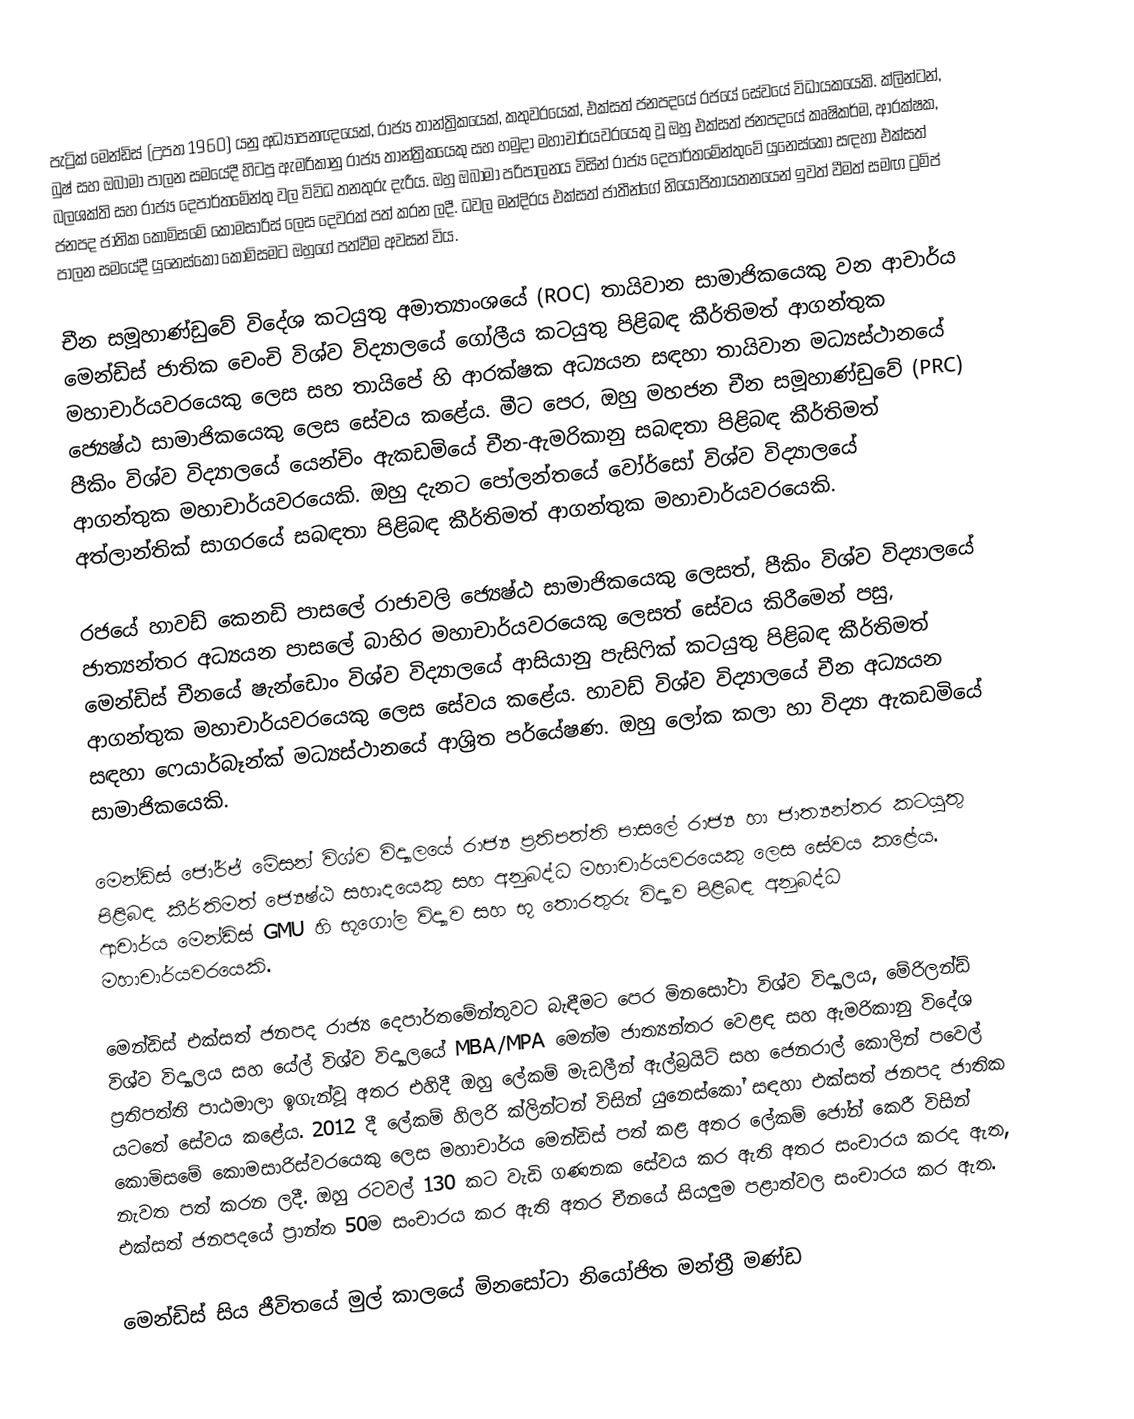
පැට්‍රික් මෙන්ඩිස් (උපත 1960) යනු අධ්‍යාපනඥයෙක්,  රාජ්‍ය තාන්ත්‍රිකයෙක්,  කතුවරයෙක්,  එක්සත් ජනපදයේ රජයේ සේවයේ විධායකයෙකි.  ක්ලින්ටන්, බුෂ් සහ ඔබාමා පාලන සමයේදී හිටපු ඇමරිකානු රාජ්‍ය තාන්ත්‍රිකයෙකු සහ හමුදා මහාචාර්යවරයෙකු වූ ඔහු එක්සත් ජනපදයේ කෘෂිකර්ම, ආරක්ෂක, බලශක්ති සහ රාජ්‍ය දෙපාර්තමේන්තු වල විවිධ තනතුරු දැරීය.  ඔහු ඔබාමා පරිපාලනය විසින් රාජ්‍ය දෙපාර්තමේන්තුවේ යුනෙස්කෝ සඳහා එක්සත් ජනපද ජාතික කොමිසමේ කොමසාරිස් ලෙස දෙවරක් පත් කරන ලදී.  ධවල මන්දිරය එක්සත් ජාතීන්ගේ නියෝජිතායතනයෙන් ඉවත් වීමත් සමඟ ට්‍රම්ප් පාලන සමයේදී යුනෙස්කෝ කොමිසමට ඔහුගේ පත්වීම අවසන් විය.

චීන සමූහාණ්ඩුවේ විදේශ කටයුතු අමාත්‍යාංශයේ (ROC) තායිවාන සාමාජිකයෙකු වන ආචාර්ය මෙන්ඩිස් ජාතික චෙංචි විශ්ව විද්‍යාලයේ ගෝලීය කටයුතු පිළිබඳ කීර්තිමත් ආගන්තුක මහාචාර්යවරයෙකු ලෙස සහ තායිපේ හි ආරක්ෂක අධ්‍යයන සඳහා තායිවාන මධ්‍යස්ථානයේ ජ්‍යෙෂ්ඨ සාමාජිකයෙකු ලෙස සේවය කළේය.  මීට පෙර, ඔහු මහජන චීන සමූහාණ්ඩුවේ (PRC) පීකිං විශ්ව විද්‍යාලයේ යෙන්චිං ඇකඩමියේ චීන-ඇමරිකානු සබඳතා පිළිබඳ කීර්තිමත් ආගන්තුක මහාචාර්යවරයෙකි.  ඔහු දැනට පෝලන්තයේ වෝර්සෝ විශ්ව විද්‍යාලයේ අත්ලාන්තික් සාගරයේ සබඳතා පිළිබඳ කීර්තිමත් ආගන්තුක මහාචාර්යවරයෙකි.

රජයේ හාවඩ් කෙනඩි පාසලේ රාජාවලි ජ්‍යෙෂ්ඨ සාමාජිකයෙකු ලෙසත්, පීකිං විශ්ව විද්‍යාලයේ ජාත්‍යන්තර අධ්‍යයන පාසලේ බාහිර මහාචාර්යවරයෙකු ලෙසත් සේවය කිරීමෙන් පසු,  මෙන්ඩිස් චීනයේ ෂැන්ඩොං විශ්ව විද්‍යාලයේ ආසියානු පැසිෆික් කටයුතු පිළිබඳ කීර්තිමත් ආගන්තුක මහාචාර්යවරයෙකු ලෙස සේවය කළේය. හාවඩ් විශ්ව විද්‍යාලයේ චීන අධ්‍යයන සඳහා ෆෙයාර්බෑන්ක් මධ්‍යස්ථානයේ ආශ්‍රිත පර්යේෂණ.  ඔහු ලෝක කලා හා විද්‍යා ඇකඩමියේ සාමාජිකයෙකි.

මෙන්ඩිස් ජෝර්ජ් මේසන් විශ්ව විද්‍යාලයේ රාජ්‍ය ප්‍රතිපත්ති පාසලේ රාජ්‍ය හා ජාත්‍යන්තර කටයුතු පිළිබඳ කීර්තිමත් ජ්‍යෙෂ්ඨ සහෘදයෙකු සහ අනුබද්ධ මහාචාර්යවරයෙකු ලෙස සේවය කළේය.  ආචාර්ය මෙන්ඩිස් GMU හි භූගෝල විද්‍යාව සහ භූ තොරතුරු විද්‍යාව පිළිබඳ අනුබද්ධ මහාචාර්යවරයෙකි.

මෙන්ඩිස් එක්සත් ජනපද රාජ්‍ය දෙපාර්තමේන්තුවට බැඳීමට පෙර මිනසෝටා විශ්ව විද්‍යාලය, මේරිලන්ඩ් විශ්ව විද්‍යාලය සහ යේල් විශ්ව විද්‍යාලයේ MBA/MPA මෙන්ම ජාත්‍යන්තර වෙළඳ සහ ඇමරිකානු විදේශ ප්‍රතිපත්ති පාඨමාලා ඉගැන්වූ අතර එහිදී ඔහු ලේකම් මැඩලීන් ඇල්බ්‍රයිට් සහ ජෙනරාල් කොලින් පවෙල් යටතේ සේවය කළේය. 2012 දී ලේකම් හිලරි ක්ලින්ටන් විසින් යුනෙස්කෝ සඳහා එක්සත් ජනපද ජාතික කොමිසමේ කොමසාරිස්වරයෙකු ලෙස මහාචාර්ය මෙන්ඩිස් පත් කළ අතර ලේකම් ජෝන් කෙරී විසින් නැවත පත් කරන ලදී.  ඔහු රටවල් 130 කට වැඩි ගණනක සේවය කර ඇති අතර සංචාරය කරද ඇත, එක්සත් ජනපදයේ ප්‍රාන්ත 50ම සංචාරය කර ඇති අතර චීනයේ සියලුම පළාත්වල සංචාරය කර ඇත.

මෙන්ඩිස් සිය ජීවිතයේ මුල් කාලයේ මිනසෝටා නියෝජිත මන්ත්‍රී මණ්ඩ